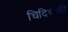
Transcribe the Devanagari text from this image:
चिदिच्छति